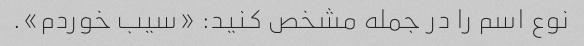
نوع اسم را در جمله مشخص کنید: «سیب خوردم».